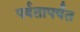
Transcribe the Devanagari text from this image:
पर्वतापर्यंत